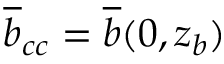
\overline { { b } } _ { c c } = \overline { { b } } ( 0 , z _ { b } )